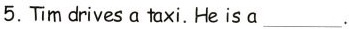
5. Tīm drives a taxi, He is a___.